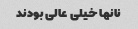
نانها خیلی عالی بودند